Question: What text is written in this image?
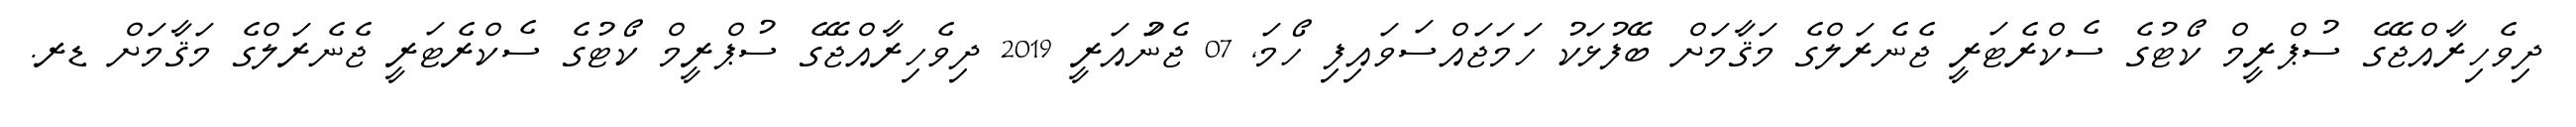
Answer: ދިވެހިރާއްޖޭގެ ސުޕްރީމް ކޯޓުގެ ސެކްރެޓަރީ ޖެނެރަލްގެ މަޤާމަށް ބޭފުޅަކު ހަމަޖައްސަވައިފި ހޯމަ, 07 ޖެނުައަރީ 2019 ދިވެހިރާއްޖޭގެ ސުޕްރީމް ކޯޓުގެ ސެކްރެޓަރީ ޖެނެރަލްގެ މަޤާމަށް ޑރ.